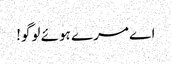
اے مرے ہوئے لوگو!